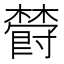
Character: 𣝪